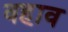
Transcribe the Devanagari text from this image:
वहाव